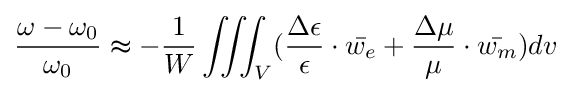
{\frac {\omega -\omega _{0}}{\omega _{0}}}\thickapprox -{\frac {1}{W}}\iiint _{V}({\frac {\Delta \epsilon }{\epsilon }}\cdot {\bar {w_{e}}}+{\frac {\Delta \mu }{\mu }}\cdot {\bar {w_{m}}})dv